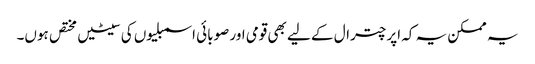
یہ ممکن یہ کہ اپر چترال کے لیے بھی قومی اور صوبائی اسمبلیوں کی سیٹیں مختص ہوں۔